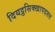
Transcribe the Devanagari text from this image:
दियट्ठसिक्खापदसत